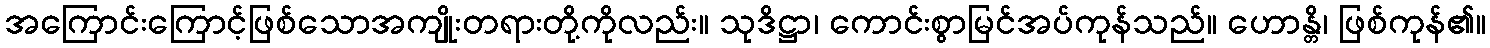
အကြောင်းကြောင့်ဖြစ်သောအကျိုးတရားတို့ကိုလည်း။ သုဒိဋ္ဌာ၊ ကောင်းစွာမြင်အပ်ကုန်သည်။ ဟောန္တိ၊ ဖြစ်ကုန်၏။